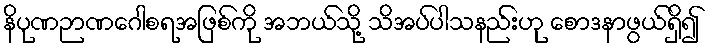
နိပုဏဉာဏဂေါစရအဖြစ်ကို အဘယ်သို့ သိအပ်ပါသနည်းဟု စောဒနာဖွယ်ရှိ၍